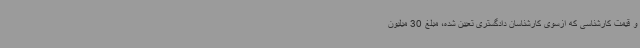
و قیمت کارشناسی که ازسوی کارشناسان دادگستری تعیین شده، مبلغ 30 میلیون